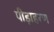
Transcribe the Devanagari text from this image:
पीड़ाहरण